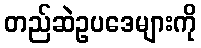
တည်ဆဲဥပဒေများကို